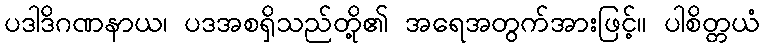
ပဒါဒိဂဏနာယ၊ ပဒအစရှိသည်တို့၏ အရေအတွက်အားဖြင့်။ ပါစိတ္တယံ